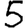
Digit: 5